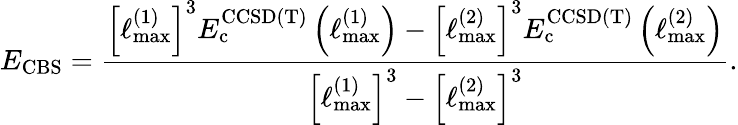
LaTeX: E_{\mathrm{CBS}}=\frac{\left[\ell_{\mathrm{max}}^{(1)}\right]^{3}E_{\mathrm{c}}^{\mathrm{CCSD(T)}}\left(\ell_{\mathrm{max}}^{(1)}\right)-\left[\ell_{\mathrm{max}}^{(2)}\right]^{3}E_{\mathrm{c}}^{\mathrm{CCSD(T)}}\left(\ell_{\mathrm{max}}^{(2)}\right)}{\left[\ell_{\mathrm{max}}^{(1)}\right]^{3}-\left[\ell_{\mathrm{max}}^{(2)}\right]^{3}}.